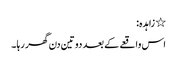
٭ زاہدہ:
اس واقعے کے بعد دو تین دن گھر رہا ۔